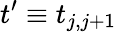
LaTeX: t^{\prime}\equiv t_{j,j+1}